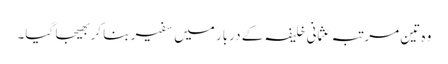
وہ تین مرتبہ عثمانی خلیفہ کے دربار میں سفیر بنا کر بھیجا گیا۔